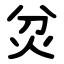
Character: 炃